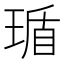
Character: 𬍸